Report on the nature of kala-azar
Disease focus: Kala-Azar
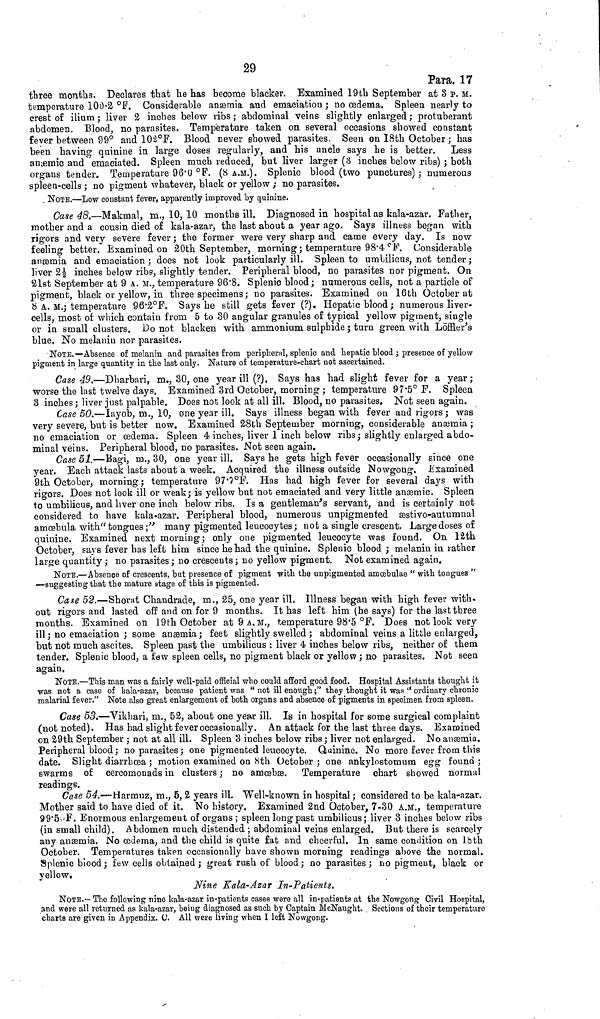
29
Para. 17
three months. Declares that he has become blacker. Examined 19th September at 3 p. M.
temperature 100.2. °F. Considerable anæmia and emaciation ; no œdema. Spleen nearly to
crest of ilium ; liver 2 inches below ribs ; abdominal veins slightly enlarged ; protuberant
abdomen. Blood, no parasites, Temperature taken on several occasions showed constant
fever between 99° and 102°F. Blood never showed parasites. Seen on I8th October ; has
been having quinine in large doses regularly, and his uncle says he is better.
Less
anæmic and emaciated. Spleen much reduced, but liver larger (3 inches below ribs) ; both
organs tender. Temperature 96.0 °F. (8 A.M.). Splenic blood (two punctures) ; numerous
spleen-cells ; no pigment whatever, black or yellow ; no parasites.
NOTE.—Low constant fever, apparently improved by quinine.
Case 48.—Makmal, m., 10, 10 months ill. Diagnosed in hospital as kala-azar. Father,
mother and a cousin died of kala-azar, the last about a year ago. Says illness began with
rigors and very severe fever ; the former were very sharp and carne every day. Is now
feeling better. Examined on 20th September, morning; temperature 98.4 °F. Considerable
anæmia and emaciation ; does not look particularly ill. Spleen to umbilicus, not tender ;
liver 2½ inches below ribs, slightly tender. Peripheral blood, no parasites nor pigment. On
21st September at 9 A. M., temperature 96.8. Splenic blood ; numerous cells, not a particle of
pigment, black or yellow, in three specimens ; no parasites. Examined on 16th October at
8 A. M.; temperature 96.2°F. Says he still gets fever (?). Hepatic blood ; numerous liver-
cells, most of which contain from 5 to 30 angular granules of typical yellow pigment, single
or in small clusters. Do not blacken with ammonium sulphide ; turn green with Löffler's
blue. No melanin nor parasites.
NOTE.—Absence of melanin and parasites from peripheral, splenic and hepatic blood ; presence of yellow
pigment in large quantity in the last only. Nature of temperature-chart not ascertained.
Case 49.—Dharbari, m., 30, one year ill (?), Says has had slight fever for a year ;
worse the last twelve days. Examined 3rd October, morning ; temperature 97.5° F. Spleen
3 inches ; liver just palpable. Does not look at all ill. Blood, no parasites. Not seen again.
Case 50.—Iayob, m., 10, one year ill. Says illness began with fever and rigors ; was
very severe, but is better now. Examined 28th September morning, considerable anæmia ;
no emaciation or œdema. Spleen 4 inches, liver 1 inch below ribs ; slightly enlarged abdo-
minal veins. Peripheral blood, no parasites. Not seen again.
Case 51.—Bagi, m., 30, one year ill. Says he gets high fever occasionally since one
year. Each attack lasts about a week. Acquired the illness outside Nowgong. Examined
9th October, morning ; temperature 97.7°F. Has had high fever for several days with
rigors. Does not look ill or weak; is yellow but not emaciated and very little anæmic. Spleen
to umbilicus, and liver one inch below ribs. Is a gentleman's servant, and is certainly not
considered to have kala-azar. Peripheral blood, numerous unpigmented æstivo-autumnal
amœbula with " tongues ;" many pigmented leucocytes ; not a single crescent. Large doses of
quinine. Examined nest morning ; only one pigmented leucocyte was found. On 12th
October, says fever has left him since he had the quinine. Splenic blood ; melanin in rather
large quantity ; no parasites ; no crescents ; no yellow pigment. Not examined again.
NOTE.—Absence of crescents, but presence of pigment with the unpigmented amœbulae " with tongues "
—suggesting that the mature stage of this is pigmented.
Case 52.—Shorat Chandrade, m., 25, one year ill. Illness began with high fever with-
out rigors and lasted off and on for 9 months. It has left him (he says) for the last three
months. Examined on 19th October at 9 A.M., temperature 98.5 °F. Does not look very
ill ; no emaciation ; some anæmia ; feet slightly swelled ; abdominal veins a little enlarged,
but not much ascites. Spleen past the umbilicus : liver 4 inches below ribs, neither of them
tender. Splenic blood, a few spleen cells, no pigment black or yellow ; no parasites. Not seen
again.
NOTE.—This man was a fairly well-paid official who could afford good food. Hospital Assistants thought it
was not a case of kala-azar, because patient was " not ill enough ;" they thought it was " ordinary chronic
malarial fever." Note also great enlargement of both organs and absence of pigments in specimen from spleen.
Case 53.—Vikhari, m., 52, about one year ill. Is in hospital for some surgical complaint
(not noted). Has had slight fever occasionally. An attack for the last three days. Examined
on 29th September ; not at all ill. Spleen 3 inches below ribs ; liver not enlarged. No anæmia.
Peripheral blood ; no parasites ; one pigmented leucocyte. Quinine. No more fever from this
date. Slight diarrhœa ; motion examined on 8th October ; one ankylostomum egg found ;
swarms of cercomonads in clusters ; no amœbæ. Temperature chart showed normal
readings.
Case 54.—Harmuz, m., 5, 2 years ill. Well-known in hospital ; considered to be kala-azar.
Mother said to have died of it. No history. Examined 2nd October, 7-30 A.M., temperature
99.5°F. Enormous enlargement of organs ; spleen long past umbilicus ; liver 3 inches below ribs
(in small child). Abdomen much distended ; abdominal veins enlarged. But there is scarcely
any anæmia. No œdema, and the child is quite fat and cheerful. In same condition on 18th
October. Temperatures taken occasionally have shown morning readings above the normal.
Splenic blood ; few cells obtained ; great rush of blood ; no parasites ; no pigment, black or
yellow.
Nine Kala-Azar In-Patients.
NOTE.—The following nine kala-azar in-patients cases were all in-patients at the Nowgong Civil Hospital,
and were all returned as kala-azar, being diagnosed as such by Captain McNaught. Sections of their temperature
charts are given in Appendix. C. All were living when I left Nowgong.